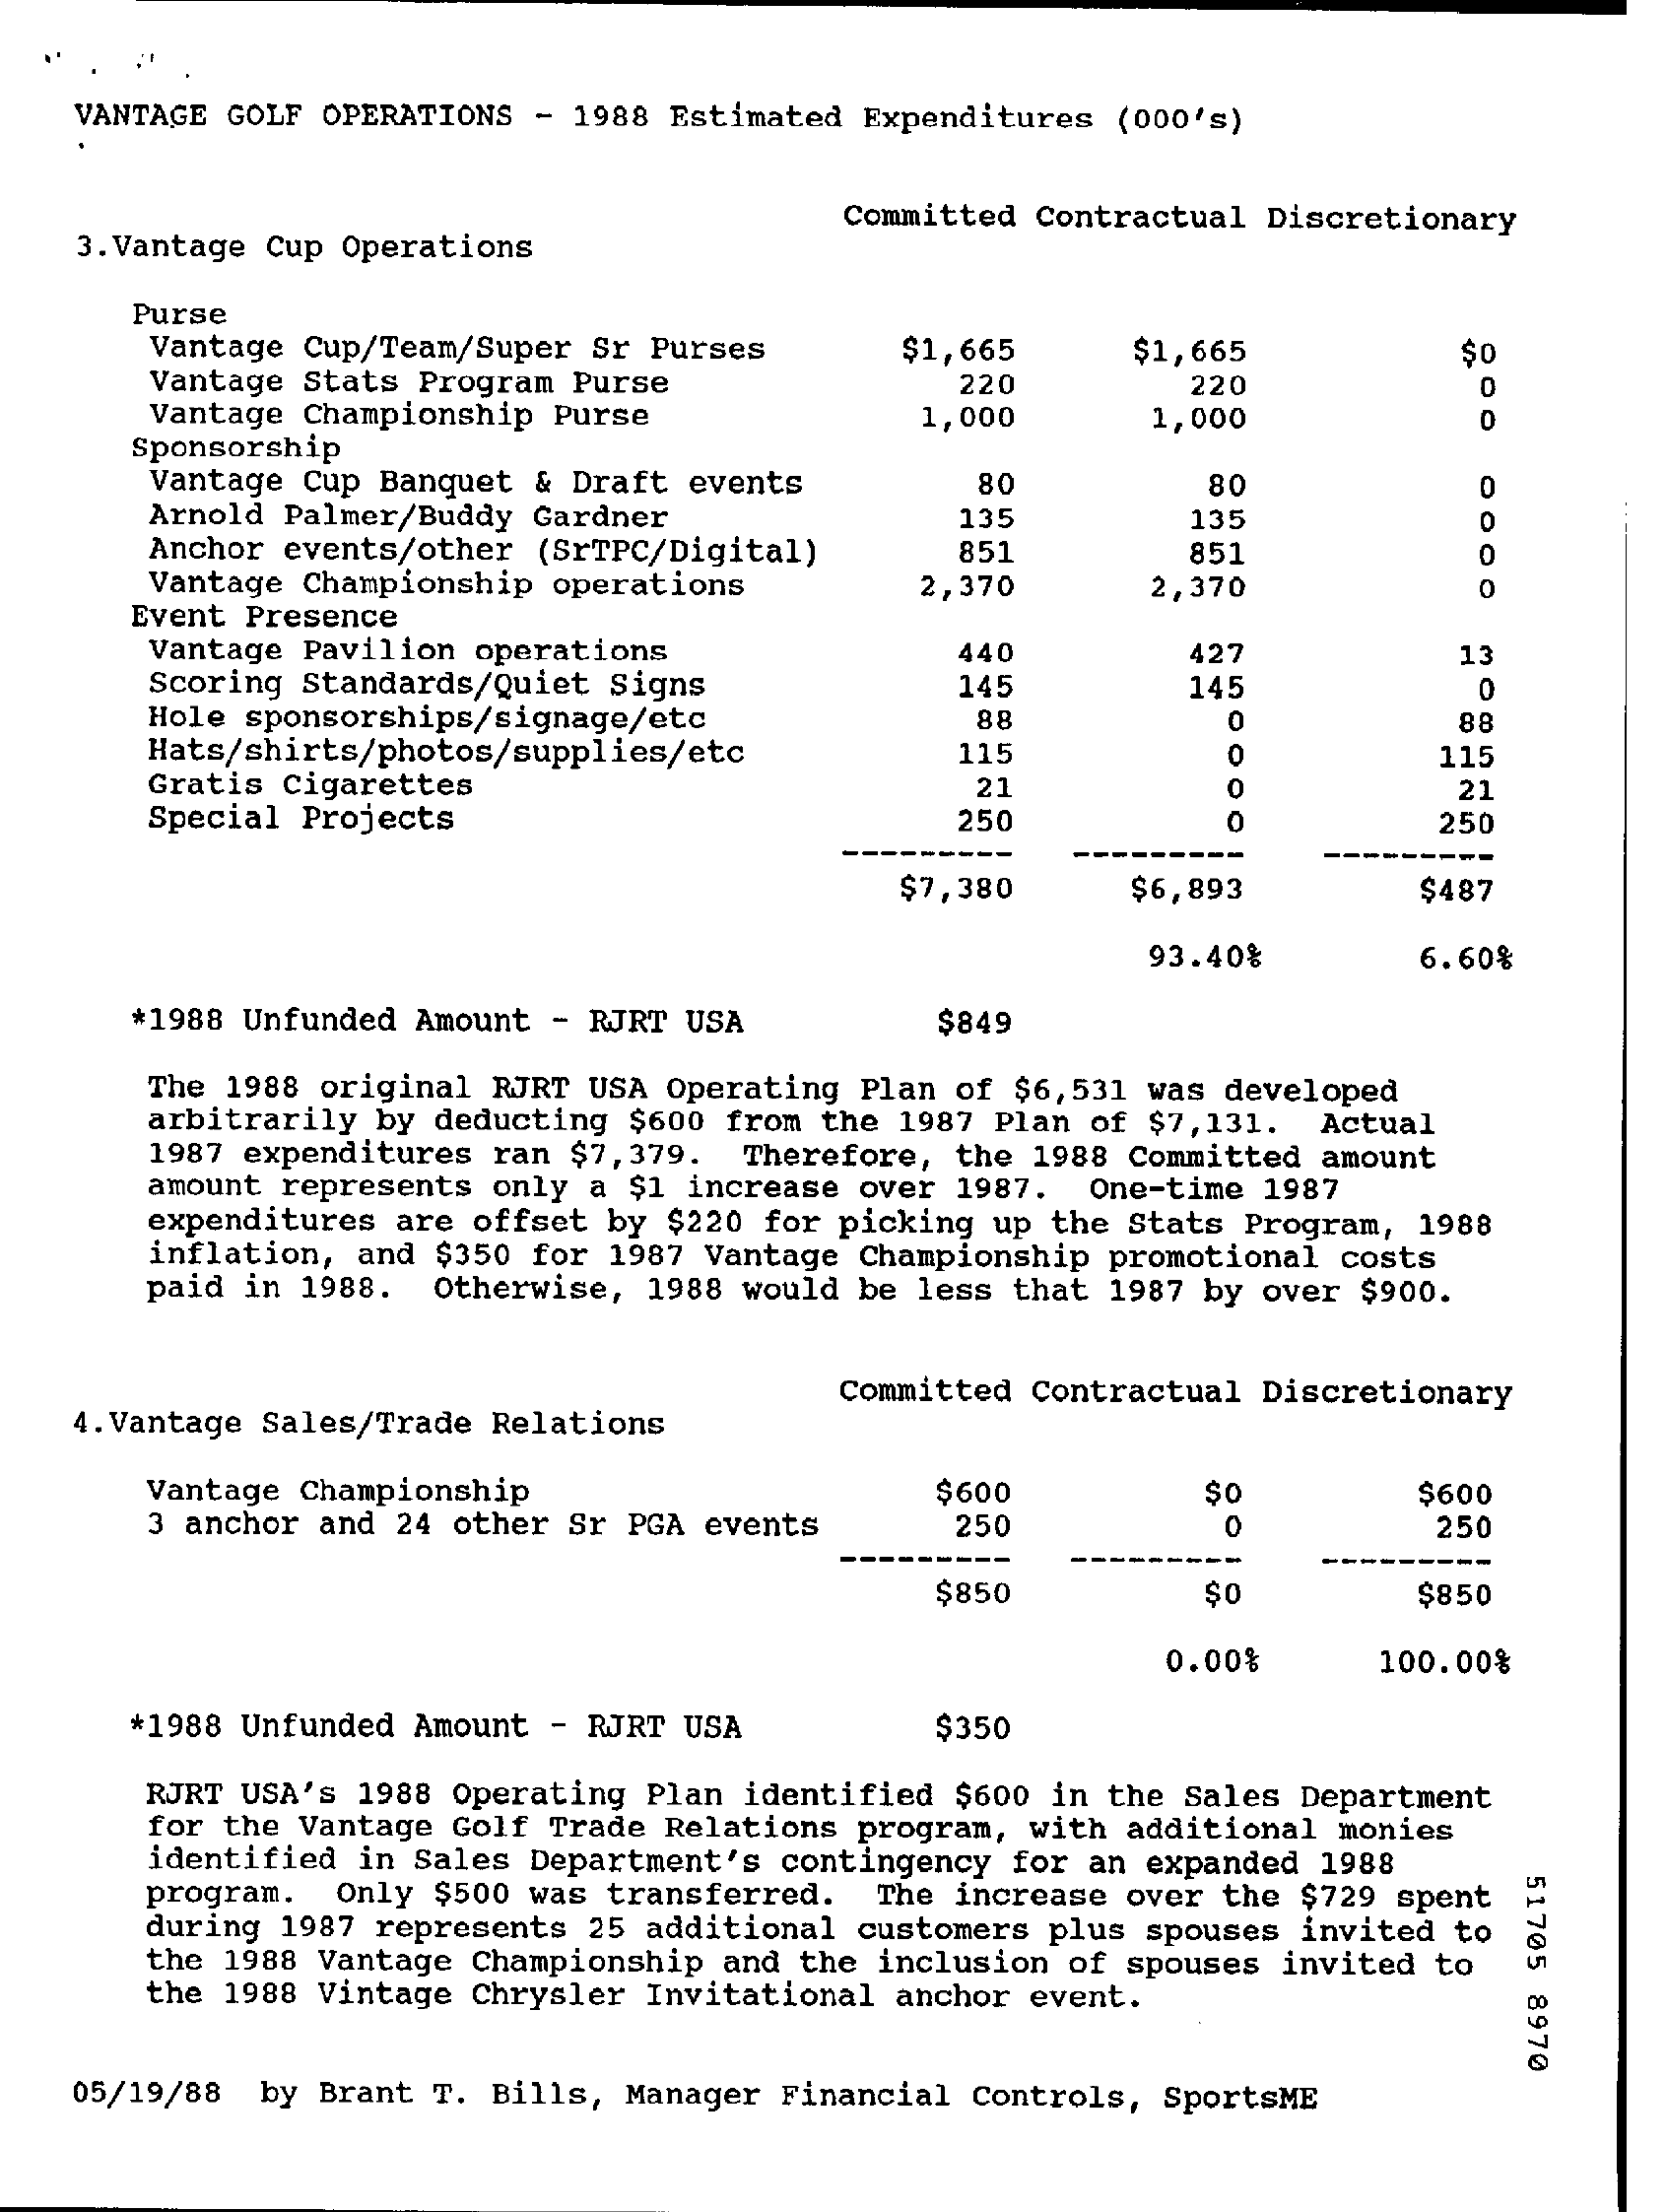
VANTAGE GOLF OPERATIONS - 1988 Estimated Expenditures (000's)
    3. Vantage Cup Operations
     Committed Contractual Discretionary
     Purse
     Vantage Cup/Team/Super Sr Purses  $1,665    $1,665
     Vantage Stats Program Purse
     $0
     220    220
     Vantage Championship Purse
     0
     1,000    1,000    0
     Sponsorship
     Vantage Cup Banquet & Draft events    80    80
     Arnold Palmer/Buddy Gardner
     0
     135    135    0
     Anchor events/other (SrTPC/Digital)  851    851
     Vantage Championship operations
     0
     Event Presence
     2,370    2,370    0
     Vantage Pavilion operations    440    427
     Scoring Standards/Quiet Signs
     13
     145    145    0
     Hole sponsorships/signage/etc    88    0    88
     Hats/shirts/photos/supplies/etc    115    0    115
     Gratis Cigarettes    21    0    21
     Special Projects    250    0    250
     $7,380    $6,893    $487
     93.40%    6.60%
     *1988 Unfunded Amount - RJRT USA    $849
     The 1988 original RJRT USA Operating Plan of $6, 531 was developed
     arbitrarily by deducting $600 from the 1987 Plan of $7,131. Actual
     1987 expenditures ran $7, 379. Therefore, the 1988 Committed amount
     amount represents only a $1 increase over 1987. One-time 1987
     expenditures are offset by $220 for picking up the Stats Program, 1988
     inflation, and $350 for 1987 Vantage Championship promotional costs
     paid in 1988. Otherwise, 1988 would be less that 1987 by over $900.
    4. Vantage Sales/Trade Relations
     Committed Contractual Discretionary
     Vantage Championship    $600    $0    $600
     3 anchor and 24 other Sr PGA events  250    0    250
     $850    $0    $850
     0.00%    100.00%
     *1988 Unfunded Amount - RJRT USA    $350
     RJRT USA's 1988 Operating Plan identified $600 in the Sales Department
     for the Vantage Golf Trade Relations program, with additional monies
     identified in Sales Department's contingency for an expanded 1988
     51705
     8970
     during 1987 represents 25 additional customers plus spouses invited to
     program. Only $500 was transferred. The increase over the $729 spent
     the 1988 Vantage Championship and the inclusion of spouses invited to
     the 1988 Vintage Chrysler Invitational anchor event.
   05/19/88 by Brant T. Bills, Manager Financial Controls, SportsME